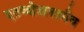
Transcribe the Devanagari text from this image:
एतच्चोत्रानतमैव